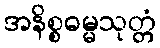
အနိစ္စဓမ္မသုတ္တံ